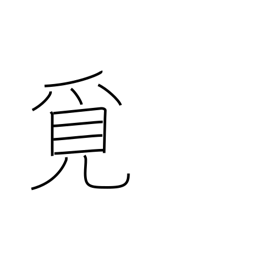
Meaning: seek